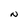
Character: N